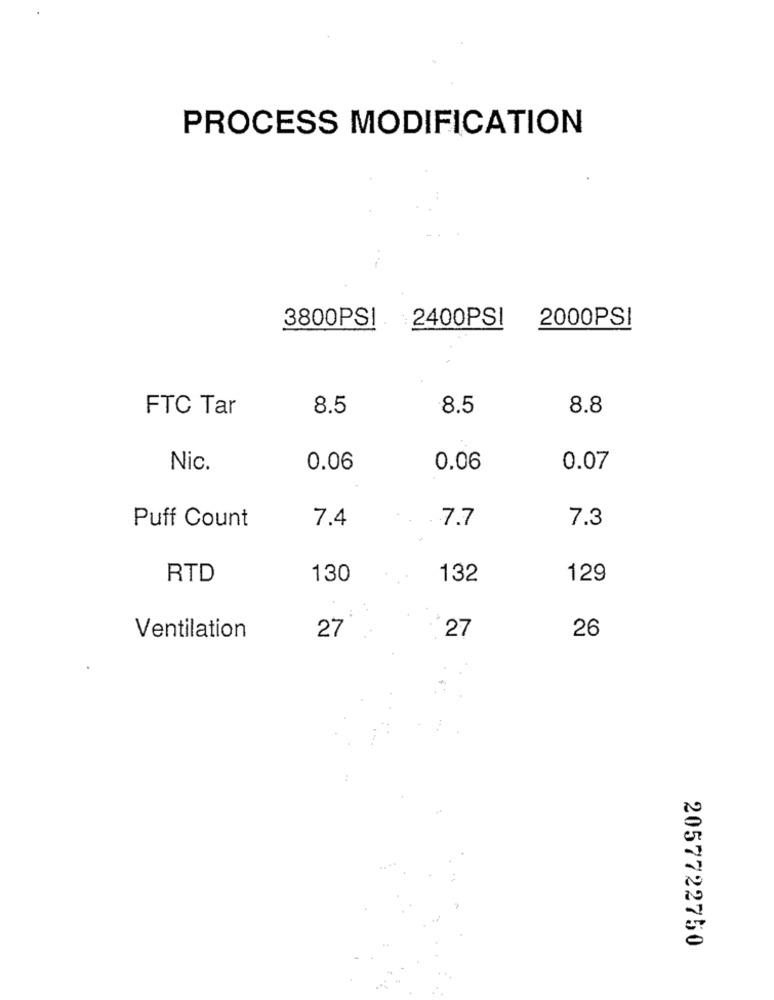
PROCESS MODIFICATION
3800PSI 2400PSI
2000PSI
FTC Tar
8.5
8.5
8.8
Nic.
0.06
0.06
0.07
7.4
7.7
7.3
Puff Count
RTD
130
132
129
27
27
26
Ventilation
2057722750